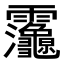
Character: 𮧂